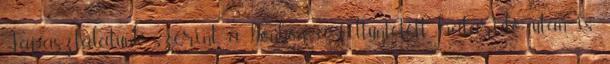
Tapasztalatunk szerint a bonbon a feltüntetett határidő után is